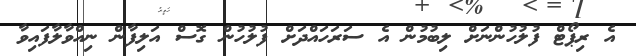
އެ ރިޕޯޓް ފުލުހުންނަށް ލިބުމުން އެ ސަރަހައްދަށް ފުލުހުން ގޮސް އަލިފާން ނިިއްވާލާފައިވާ